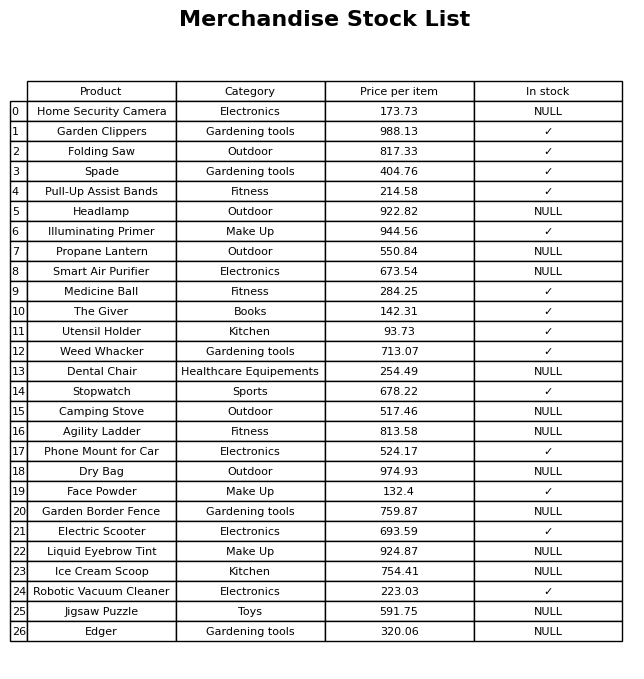
question: What is the stock status of the Ice Cream Scoop?
answer: NULL